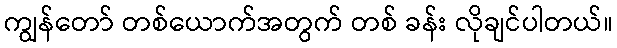
ကျွန်တော် တစ်ယောက်အတွက် တစ် ခန်း လိုချင်ပါတယ်။